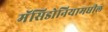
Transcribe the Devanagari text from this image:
मॅसिडोनियामधील